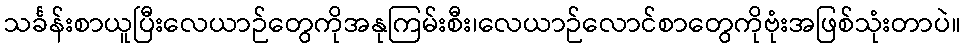
သင်္ခန်းစာယူပြီးလေယာဉ်တွေကိုအနုကြမ်းစီး၊လေယာဉ်လောင်စာတွေကိုဗုံးအဖြစ်သုံးတာပဲ။